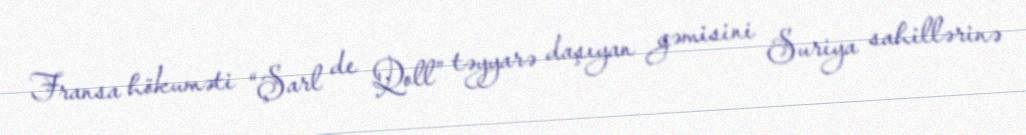
Fransa hökuməti “Şarl de Qoll” təyyarə daşıyan gəmisini Suriya sahillərinə